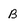
Character: B